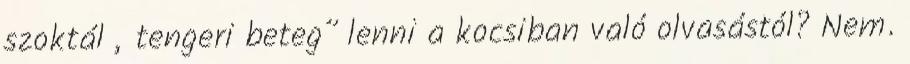
szoktál „tengeri beteg” lenni a kocsiban való olvasástól? Nem.